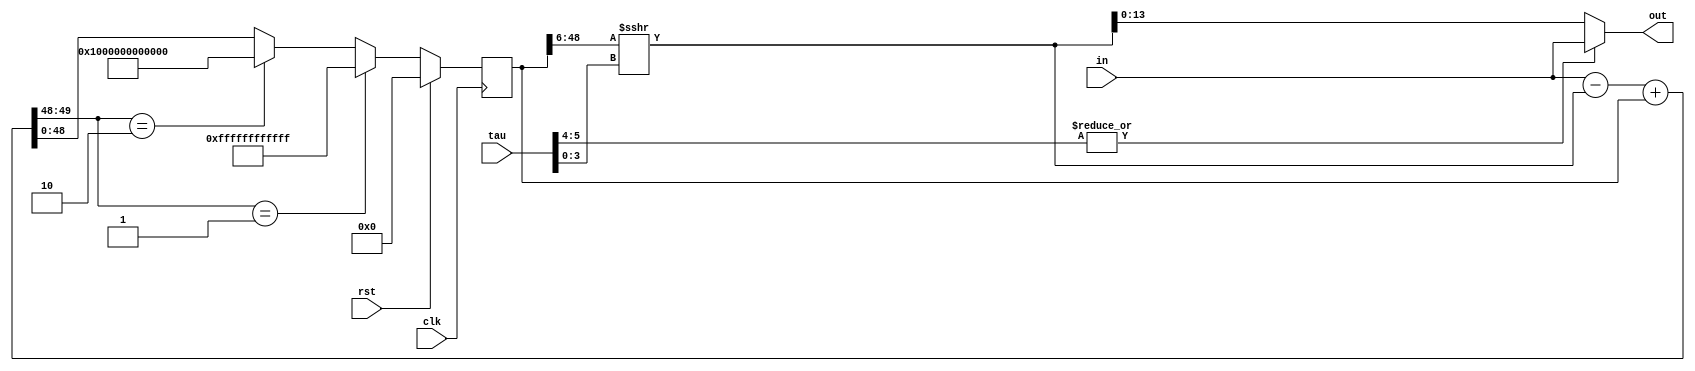
module LP_filter2 #(parameter R=14)
    (
    input clk,rst,
    input         [ 6-1:0] tau,
    input  signed [ R-1:0] in,
    output signed [ R-1:0] out
    );
    
    // R resolution of input and output signals
    // Low Pass Filter characteristi time is: 8 ns * 2**tau
    // max tau value = 62-R . For R=14, max tau=48
    //                        For R=28, max tau=34
    
    localparam S=49; // 39 works great
    
    reg  signed [S-1  :0] sum;
    wire signed [S    :0] sum_next;
    wire signed [S-6-1:0] sum_div;
    
    always @(posedge clk) begin
       if (rst) begin
           sum    <=    {S{1'b0}}    ;
        end 
        else begin
           if ( sum_next[S:S-1] == 2'b01  )  // positive overflow 
              sum    <=  {1'b0, {S-1{1'b1}} } ;
           else if ( sum_next[S:S-1] == 2'b10  )  // negative overflow 
              sum    <=  {1'b1, {S-1{1'b0}} } ;
           else
              sum    <=  sum_next[S-1:0] ;
        end
    end
    
    assign sum_next =  $signed(in)  - $signed( sum_div ) + $signed(sum)  ;
    assign sum_div =  $signed( sum[S-1:6] ) >>> tau[4-1:0] ;
    //assign sum_div  =  { {6{sum_div1[57-1]}} , $signed( sum_div1 ) >>> tau[5-1:0] } ;
    
    //assign out = sum_div[R-1:0] ;
    assign out = ( |tau[5:4] ) ? in : sum_div[R-1:0] ;
    
endmodule